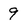
Character: 9